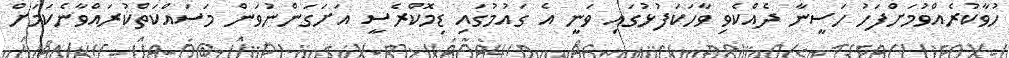
ހުވާކުރެއްވުމަށްފަހު ހަސީނާ ދެއްކެވި ވާހަކަފުޅުގައި ވަނީ އެ ގައުމުގައި ޑިމޮކްރެސީ އަށަގަންނުވަން މަސައްކަތްކުރައްވާނެކަމަށް